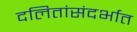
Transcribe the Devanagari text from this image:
दलितांसंदर्भात